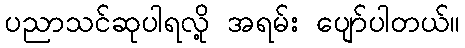
ပညာသင်ဆုပါရလို့ အရမ်း ပျော်ပါတယ်။